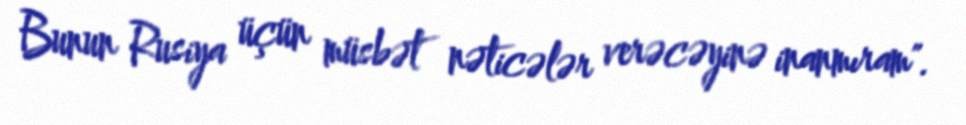
Bunun Rusiya üçün müsbət nəticələr verəcəyinə inanmıram".